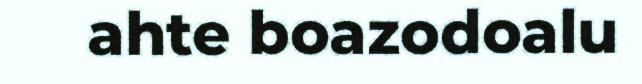
ahte boazodoalu